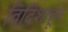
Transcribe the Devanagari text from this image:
विदिशाहून